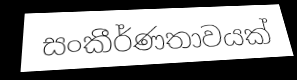
සංකීර්ණතාවයක්